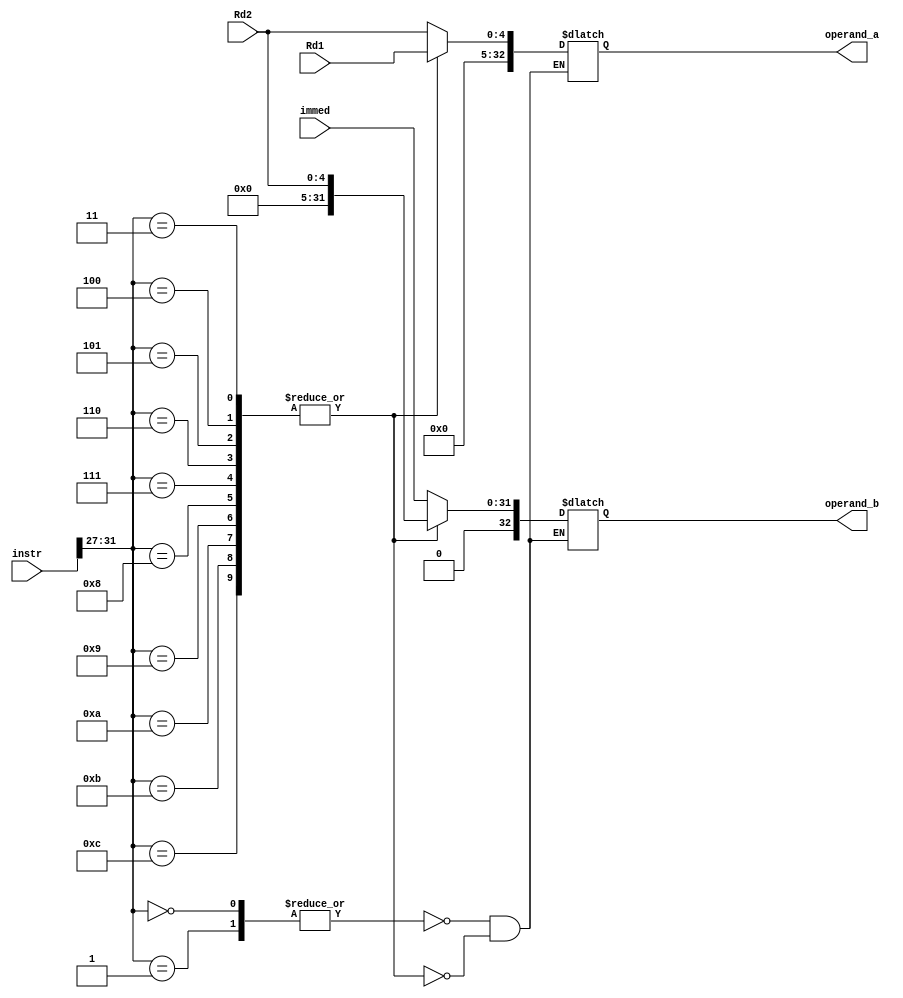
module ALUMuxes #(
    parameter integer DWIDTH = 32   //! Largura dos dados armazenados
)(
    input wire [DWIDTH-1:0] instr,
    input wire [DWIDTH-1:0] immed,
    input wire [4:0] Rd1,
    input wire [4:0] Rd2,
  output reg [DWIDTH:0] operand_b,
    output reg [DWIDTH:0] operand_a

);

    // Instructions parameters
    parameter INST_LW   = 0;
    parameter INST_SW   = 1;

    parameter INST_ADD  = 3;
    parameter INST_SUB  = 4;
    parameter INST_MUL  = 5;
    parameter INST_DIV  = 6;

    parameter INST_AND  = 7;
    parameter INST_OR   = 8;
    parameter INST_SHL  = 9;
    parameter INST_SHR  = 10;
    parameter INST_CMP  = 11;
    parameter INST_NOT  = 12;

    reg [4:0] instruction_type;

    always @(*)
    begin : update_instruction_type
        instruction_type = instr[31:27];
    end

    always @(*)
    begin : mux_selection
        case (instruction_type)
            // Data Transfer operations
            INST_LW, INST_SW: begin
                operand_a = Rd2;
                operand_b = immed;
            end
            // Logic and Arithmetic operations
            INST_ADD, INST_SUB, INST_MUL, INST_DIV, INST_AND, INST_OR, INST_SHL, INST_SHR, INST_CMP, INST_NOT : begin
                operand_a = Rd1;
                operand_b = Rd2;
            end
        endcase
    end
endmodule